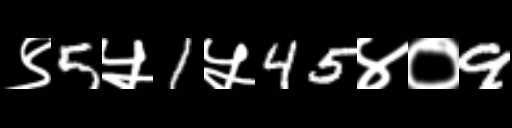
Text: ९5५1५45४०9